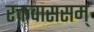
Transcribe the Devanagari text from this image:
रक्तवाससम्